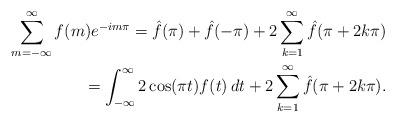
LaTeX: \begin{align*}\sum_{m=-\infty}^{\infty}f(m)e^{-im\pi} = \hat{f}(\pi)+\hat{f}(-\pi) + 2\sum_{k=1}^{\infty}\hat{f}(\pi +2k\pi) \\ = \int_{-\infty}^{\infty}2\cos(\pi t)f(t)\, dt + 2\sum_{k=1}^{\infty}\hat{f}(\pi +2k\pi).\end{align*}